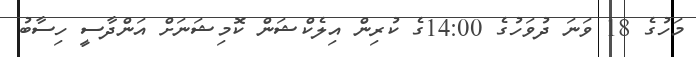
މަހުގެ 18 ވަނަ ދުވަހުގެ 14:00ގެ ކުރިން އިލެކްޝަން ކޮމިޝަނަށް އަންދާސީ ހިސާބު